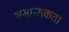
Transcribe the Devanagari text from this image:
भ्रमात्मकता